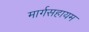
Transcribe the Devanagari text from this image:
मार्गसहायम